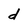
Character: d